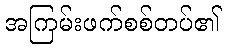
အကြမ်းဖက်စစ်တပ်၏